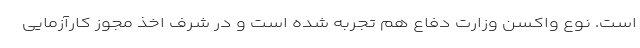
است. نوع واکسن وزارت دفاع هم تجربه شده است و در شرف اخذ مجوز کارآزمایی